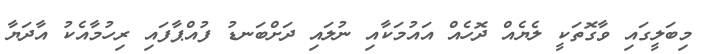
މިބަލީގައި ވާގޮތަކީ ލެޔެއް ދޮހެއް އައުމަކާއި ނުލައި ދަށްބަނޑު ފުއްޕާފައި ރިހުމާއެކު އާދަޔާ